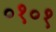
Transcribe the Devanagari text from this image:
०१०१